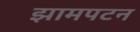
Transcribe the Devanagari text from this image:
झामपटन